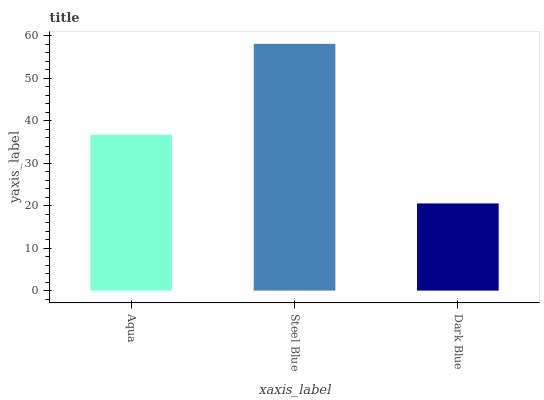
| xaxis_label | bars |
 | --- | --- |
 | Aqua | 36.7 |
 | Steel Blue | 58.1 |
 | Dark Blue | 20.5 |